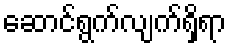
ဆောင်ရွက်လျက်ရှိရာ